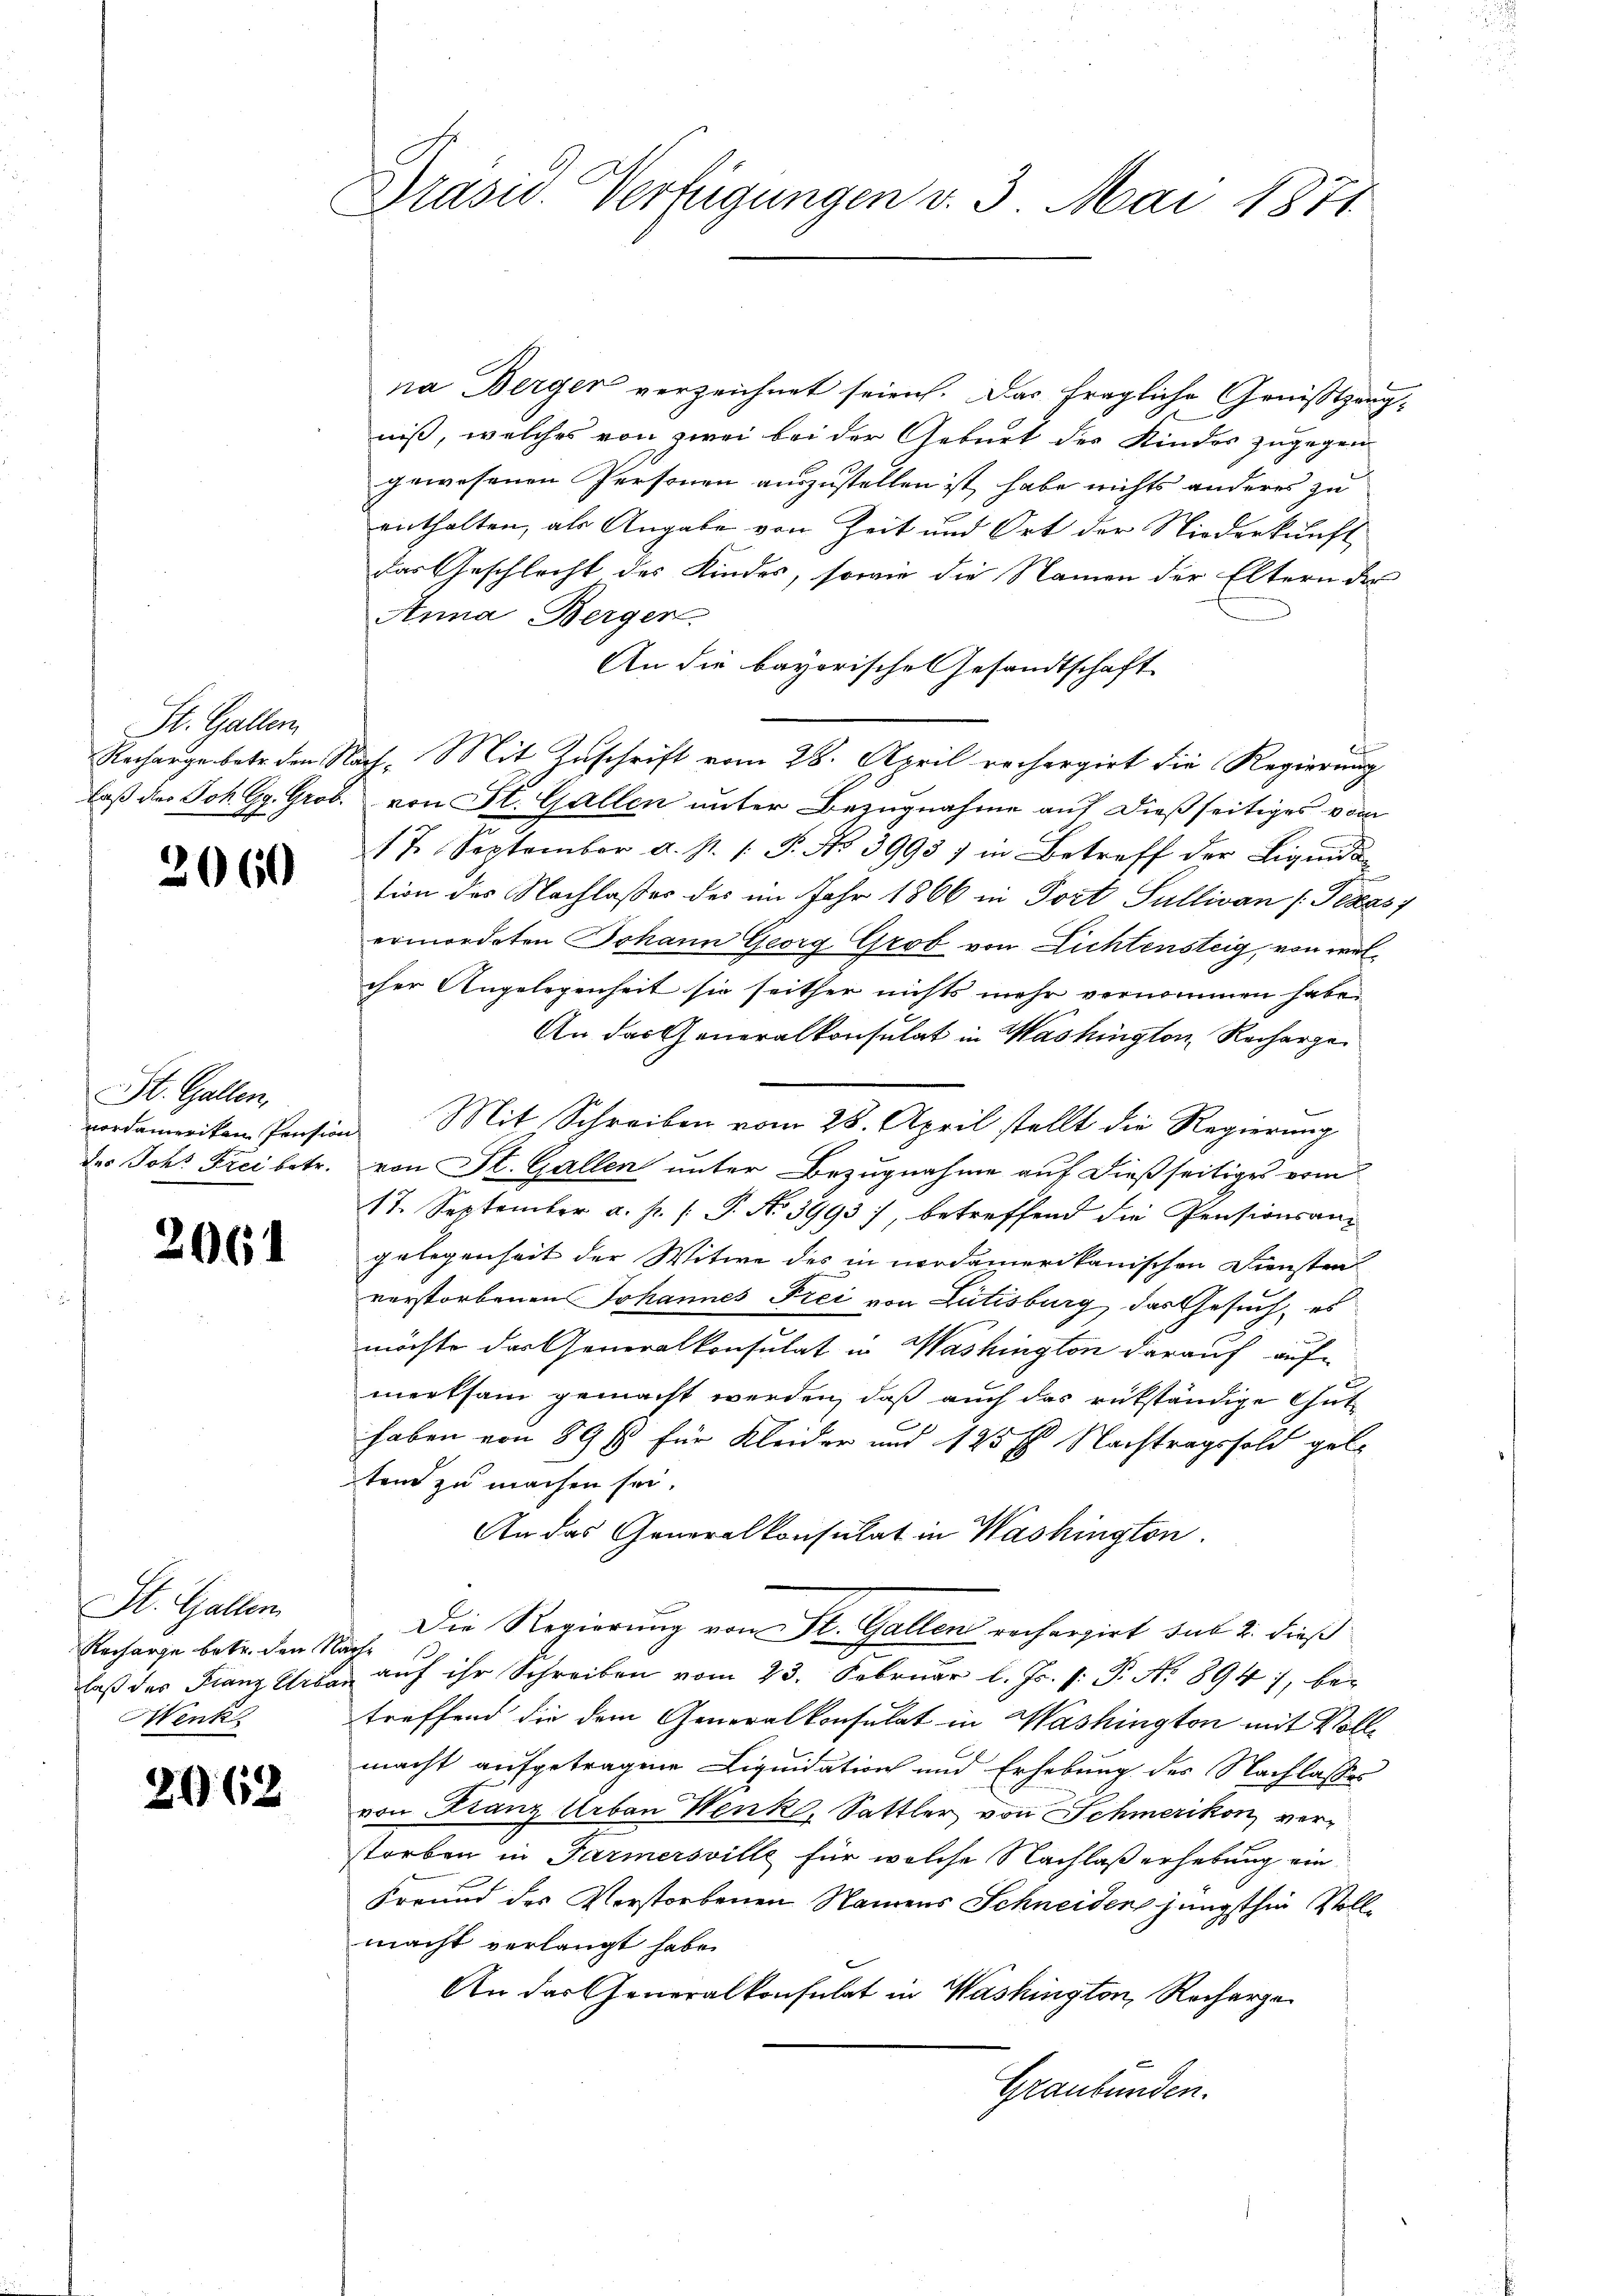
St. Gallen

2060

St. Gallen,
des Joh. Frei betr.

2061

Dr. Hatter
Recharge betr. den
laß des Franz Cred
Wenk

2062

Präsid. Verfügungen v. 3. Mai 1871

na Berger verzeichnet seien. Das fragliche Genißtzeugniß, welches von zwei bei der Geburt des Kinder zugegen
gewesenen Personen auszustellen ist, habe nichts anderes zu
enthalten, als Angabe von Zeit und Ort der Niederkunft,
das Geschlecht des Kindes, sowie die Namen der Eltern der
Anna Bergen
An die bayorische Gesandtschaft
f
Rechargebete den Nach- Mit Zuschrift vom 28. April rechergirt die Regierung
laß des Joh. Gg. Grob. von St. Gallen unter Bezugnahme auf dießseitiges vom
17. September a. s. /: P. No 3993) in Betreff der Liquidation des Nachlasses des im Jahr 1866 in Port Sullivan Texas
ermordeten Johann Georg Grob von Lichtensteig, von welcher Angelegenheit sie seither nichts mehr vernommen habe.
An das Generalkonsulat in Washington, Rechargevordameriken Pension Mit Schreiben vom 28. April stellt die Regierung
von St. Gallen unter Bezugnahme auf dießseitiges vom
17. September a. p. /: P. No 3993), betreffend die Pensionsangelegenheit der Witwe des in modamerikanischen Diensten
verstorbenen Johannes Frei von Lütisburg, das Gesuch, es
möchte der Generalkonsulat in Washington darauf auf
merksam gemacht werden, daß auch das rükständige Guthaben von 89 f für Kleider und 125 f. Nachtragssold gele
ten zu machen sei.
An das Generalkonsulat in Washington.
Die Regierung von St. Gallen rechargirt sub 2. dießch.
auf ihr Schreiben vom 23. Februar l. Js. v. P. Nr. 894, bei
e
treffend die dem Generalkonsulat in Washington mit Vollmacht aufgetragene Liquidation und Erhebung des Nachlasses
von Franz Urban Henk, Sattler von Schmerikon verstorben in Parmersville für welche Nachlaß erhebung ein
Freund des Verstorbenen Namens Schneiden jüngsthin Vollmacht verlangt habe.
An das Generalkonsulat in Washington, Recharge
Graubünden.